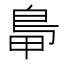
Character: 𪀋